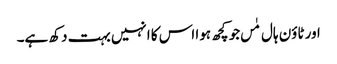
اور ٹاؤن ہال مٰں جو کچھ ہوا اس کا انہیں بہت دکھ ہے۔